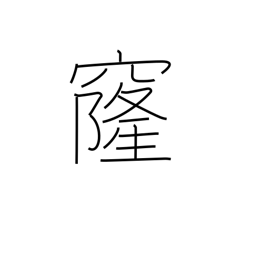
Meaning: vault (of sky)